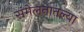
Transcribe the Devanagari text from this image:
संमेलनातल्या